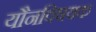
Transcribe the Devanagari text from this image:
यौनविषयक